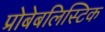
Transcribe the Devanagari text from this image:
प्रोबेबलिस्टिक